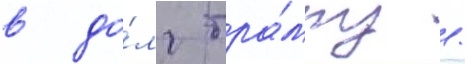
в до́лг тра́мпу /